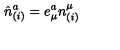
{ \hat { n } } _ { ( i ) } ^ { a } = e _ { \mu } ^ { a } n _ { ( i ) } ^ { \mu }